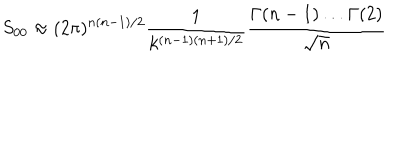
LaTeX: S _ { 0 0 } \approx ( 2 \pi ) ^ { n ( n - 1 ) / 2 } \frac { 1 } { k ^ { ( n - 1 ) ( n + 1 ) / 2 } } \frac { \Gamma ( n - 1 ) \ldots \Gamma ( 2 ) } { \sqrt { n } }